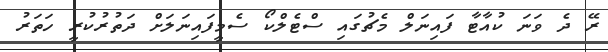
ރޭ ދެ ވަނަ ކުއާޓާ ފައިނަލް މެޗުގައި ސްޓެލްކޯ ސެމީފައިނަލަށް ދަތުރުކުރީ ހަތަރު